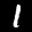
Label: 1